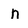
Character: n